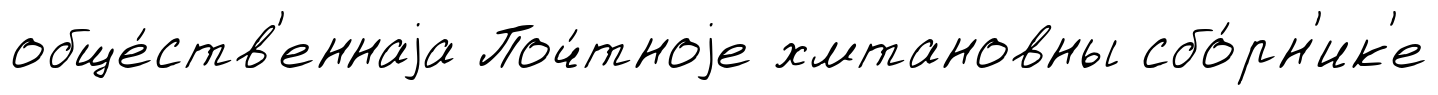
обще́ств'еннаjа Поч́тноjе хмтановны сбо́рн'ик'е